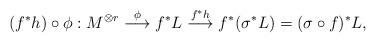
LaTeX: \begin{align*}(f^*h)\circ\phi : M^{\otimes r} \overunderset{\phi}{}{\longrightarrow} f^*L \overunderset{f^*h}{}{\longrightarrow} f^*(\sigma^*L) = (\sigma\circ f)^*L, \end{align*}